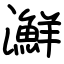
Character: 㶍